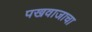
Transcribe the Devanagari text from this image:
पखवाजाचा